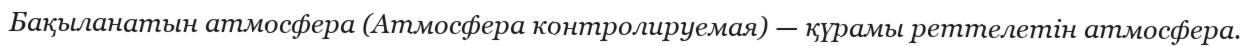
Бақыланатын атмосфера (Атмосфера контролируемая) — қүрамы реттелетін атмосфера.